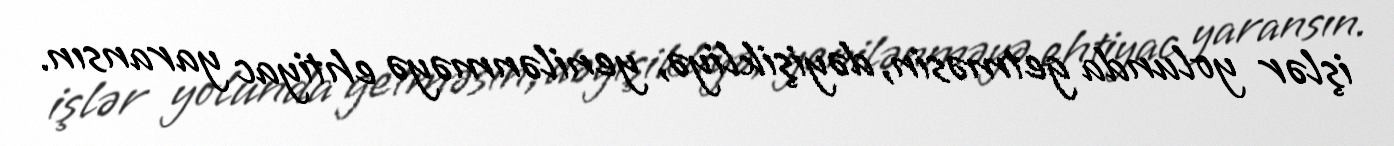
işlər yolunda getməsin, dəyişikliyə, yenilənməyə ehtiyac yaransın.